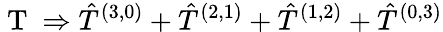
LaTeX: \mathrm{~T~}\Rightarrow\hat{T}^{(3,0)}+\hat{T}^{(2,1)}+\hat{T}^{(1,2)}+\hat{T}^{(0,3)}